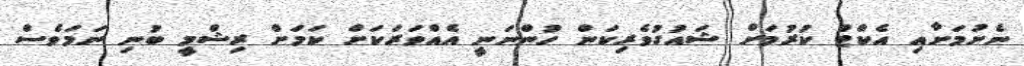
ނެށުމަށާއި އެކްޓް ކުރުމަށް ޝައުގުވެރިކަން ހުންނަނީ އެއްވަރަކަށް ކަމަށް ރިޝްމީ ބުނި ނަމަވެސް